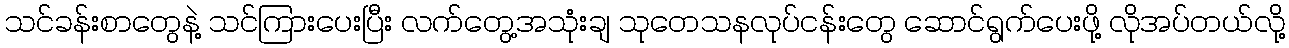
သင်ခန်းစာတွေနဲ့ သင်ကြားပေးပြီး လက်တွေ့အသုံးချ သုတေသနလုပ်ငန်းတွေ ဆောင်ရွက်ပေးဖို့ လိုအပ်တယ်လို့